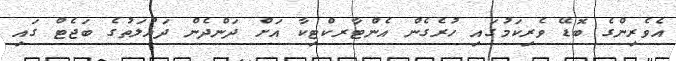
އެވެރިންގެ ބޮޑޭ ވެރިކަމުގައި ހުރެގެން އެންޓާރކްޓިކާ އަށް ދަންދެން ދައުލަތުގެ ބަޖެޓް ގައި